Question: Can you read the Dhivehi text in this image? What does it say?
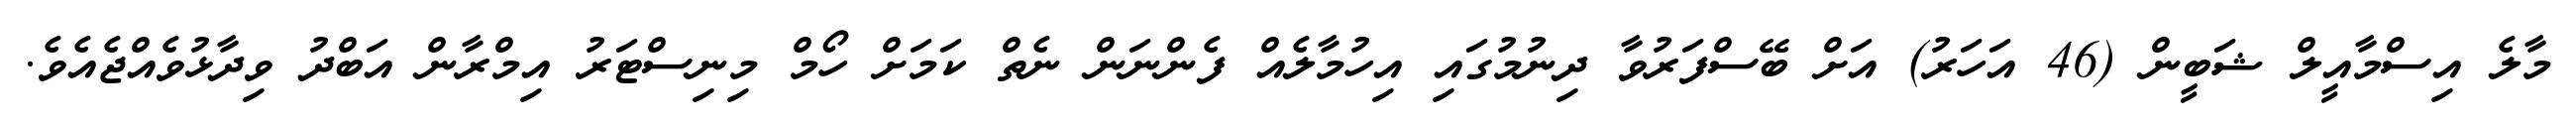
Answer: މާލެ އިސްމާއީލް ޝަބީން (46 އަހަރު) އަށް ބޭސްފަރުވާ ދިނުމުގައި އިހުމާލެއް ފެންނަން ނެތް ކަމަށް ހޯމް މިނިސްޓަރު އިމްރާން އަބްދު ވިދާޅުވެއްޖެއެވެ.